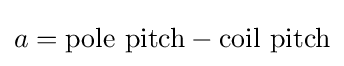
a={\text{pole pitch}}-{\text{coil pitch}}